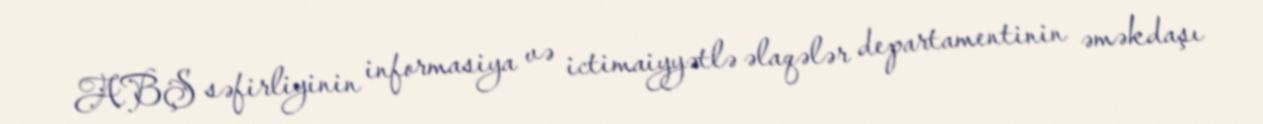
ABŞ səfirliyinin informasiya və ictimaiyyətlə əlaqələr departamentinin əməkdaşı